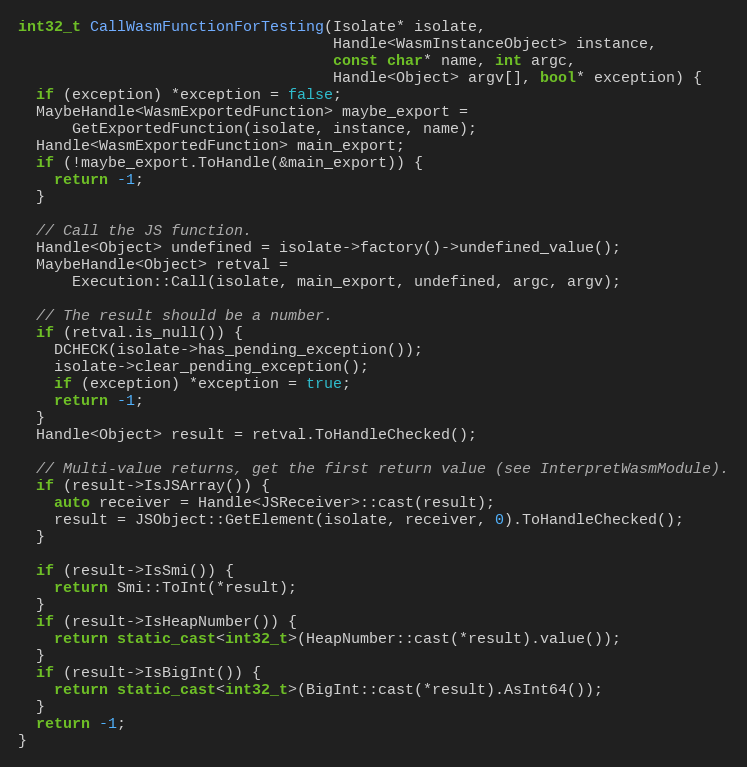
Language: C++
int32_t CallWasmFunctionForTesting(Isolate* isolate,
                                   Handle<WasmInstanceObject> instance,
                                   const char* name, int argc,
                                   Handle<Object> argv[], bool* exception) {
  if (exception) *exception = false;
  MaybeHandle<WasmExportedFunction> maybe_export =
      GetExportedFunction(isolate, instance, name);
  Handle<WasmExportedFunction> main_export;
  if (!maybe_export.ToHandle(&main_export)) {
    return -1;
  }

  // Call the JS function.
  Handle<Object> undefined = isolate->factory()->undefined_value();
  MaybeHandle<Object> retval =
      Execution::Call(isolate, main_export, undefined, argc, argv);

  // The result should be a number.
  if (retval.is_null()) {
    DCHECK(isolate->has_pending_exception());
    isolate->clear_pending_exception();
    if (exception) *exception = true;
    return -1;
  }
  Handle<Object> result = retval.ToHandleChecked();

  // Multi-value returns, get the first return value (see InterpretWasmModule).
  if (result->IsJSArray()) {
    auto receiver = Handle<JSReceiver>::cast(result);
    result = JSObject::GetElement(isolate, receiver, 0).ToHandleChecked();
  }

  if (result->IsSmi()) {
    return Smi::ToInt(*result);
  }
  if (result->IsHeapNumber()) {
    return static_cast<int32_t>(HeapNumber::cast(*result).value());
  }
  if (result->IsBigInt()) {
    return static_cast<int32_t>(BigInt::cast(*result).AsInt64());
  }
  return -1;
}